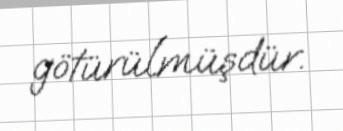
götürülmüşdür.